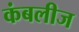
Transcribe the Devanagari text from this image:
कंबलीज